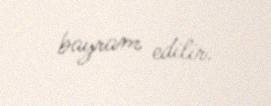
bayram edilir.